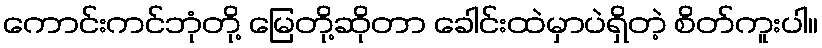
ကောင်းကင်ဘုံတို့ မြေတို့ဆိုတာ ခေါင်းထဲမှာပဲရှိတဲ့ စိတ်ကူးပါ။